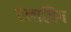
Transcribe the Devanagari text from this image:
एलाज़िग